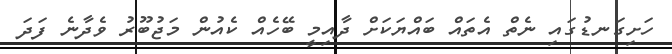
ހަށިގަނޑުގައި ނެތް އެތައް ބައްޔަކަށް ދާއިމީ ބޭހެއް ކެއުން މަޖުބޫރު ވެދާނެ ފަދަ